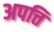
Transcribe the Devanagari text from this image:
अपत्ति